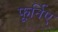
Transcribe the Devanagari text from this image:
फूर्निए